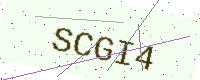
Text: SCGI4